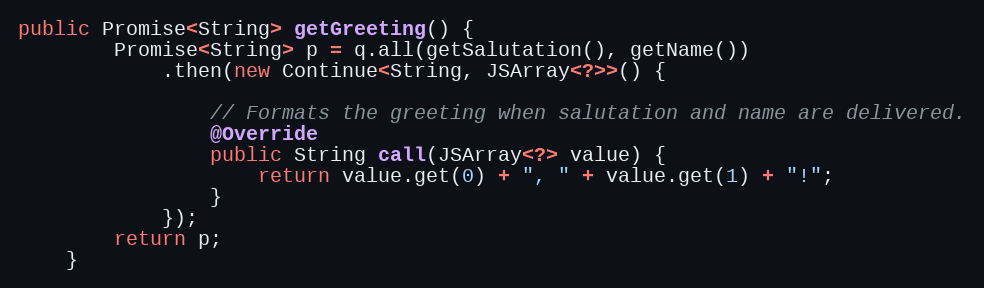
Language: Java
public Promise<String> getGreeting() {
        Promise<String> p = q.all(getSalutation(), getName())
            .then(new Continue<String, JSArray<?>>() {

                // Formats the greeting when salutation and name are delivered.
                @Override
                public String call(JSArray<?> value) {
                    return value.get(0) + ", " + value.get(1) + "!";
                }
            });
        return p;
    }